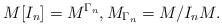
LaTeX: \begin{align*} M[I_n]=M^{\Gamma_n},M_{\Gamma_n}=M/I_nM.\end{align*}